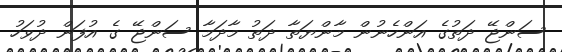
ސަންޖޭ ދަތުގެ އަންހެނުން މާންޔަތާ ދަތު މާދަމާ ސަންޖޭ ގެ އުފަން ދުވަހު